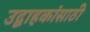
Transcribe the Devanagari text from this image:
उद्वाहकांसाठी